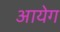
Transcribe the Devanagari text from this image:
आयेग